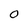
Character: 0